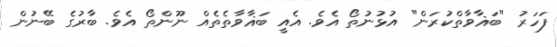
ފަހަރު "ބަޣާވާތްކުރަން" އުޅުނުތޯ އެވެ. އެއީ ބަޣާވާތެތެއް ނޫންތޯ އެވެ. ބާރުގެ ބޭނުން